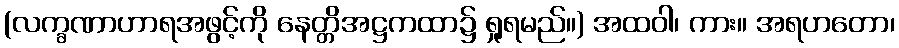
(လက္ခဏာဟာရအဖွင့်ကို နေတ္တိအဋ္ဌကထာ၌ ရှုရမည်။) အထဝါ၊ ကား။ အရဟတော၊